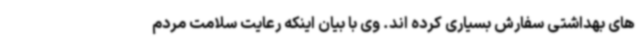
های بهداشتی سفارش بسیاری کرده اند. وی با بیان اینکه رعایت سلامت مردم